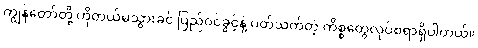
ကျွန်တော်တို့ ဟိုတယ်မသွားခင် ပြည်ဝင်ခွင့်နဲ့ ပတ်သက်တဲ့ ကိစ္စတွေလုပ်စရာရှိပါတယ်။